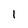
Character: 1